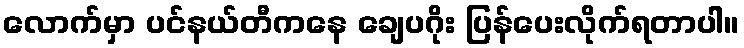
လောက်မှာ ပင်နယ်တီကနေ ချေပဂိုး ပြန်ပေးလိုက်ရတာပါ။